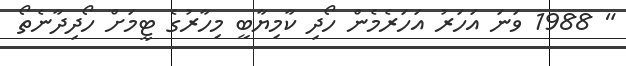
" 1988 ވަނަ އަހަރު އަހަރެމެން ހޯދި ކާމިޔާބީ މިހާރުގެ ޓީމަށް ހޯދިދާނެތޯ